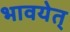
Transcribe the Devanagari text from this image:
भावयेत्‌